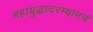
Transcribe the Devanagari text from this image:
महायुद्धादरम्यानचं